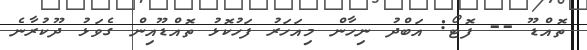
ތޮއްޑޫ -- ފޮޓޯ: އަބްދު ނިހާން މިއަހަރު ފަހުކޮޅު ތޮއްޑޫއިން ގެވަޅު ދޫކުރާނެ